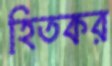
হিতকর